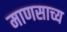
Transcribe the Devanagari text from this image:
माणसाच्य